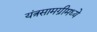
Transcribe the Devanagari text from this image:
यंत्रसामग्रीमध्ये